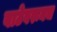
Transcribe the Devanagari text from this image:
वाटेवरूनच